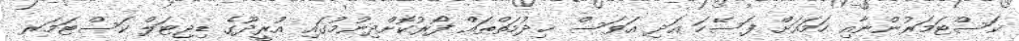
ކަސްޓަމަރުންނާއި ހަމައަށް ފަސޭހަ އަދި އަވަސް ޚިދުމަތްތައް ފޯރުކޮށްދިނުމުގައި އުރީދޫގެ ޑިޖިޓަލް ކަސްޓަމަރ